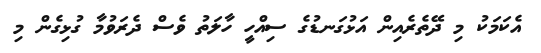
އެކަމަކު މި ދޭތެރެއިން އަޅުގަނޑުގެ ސިއްހީ ހާލަތު ވެސް ދެރަވުމާ ގުޅިގެން މި